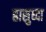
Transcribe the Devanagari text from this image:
हासुध्दा